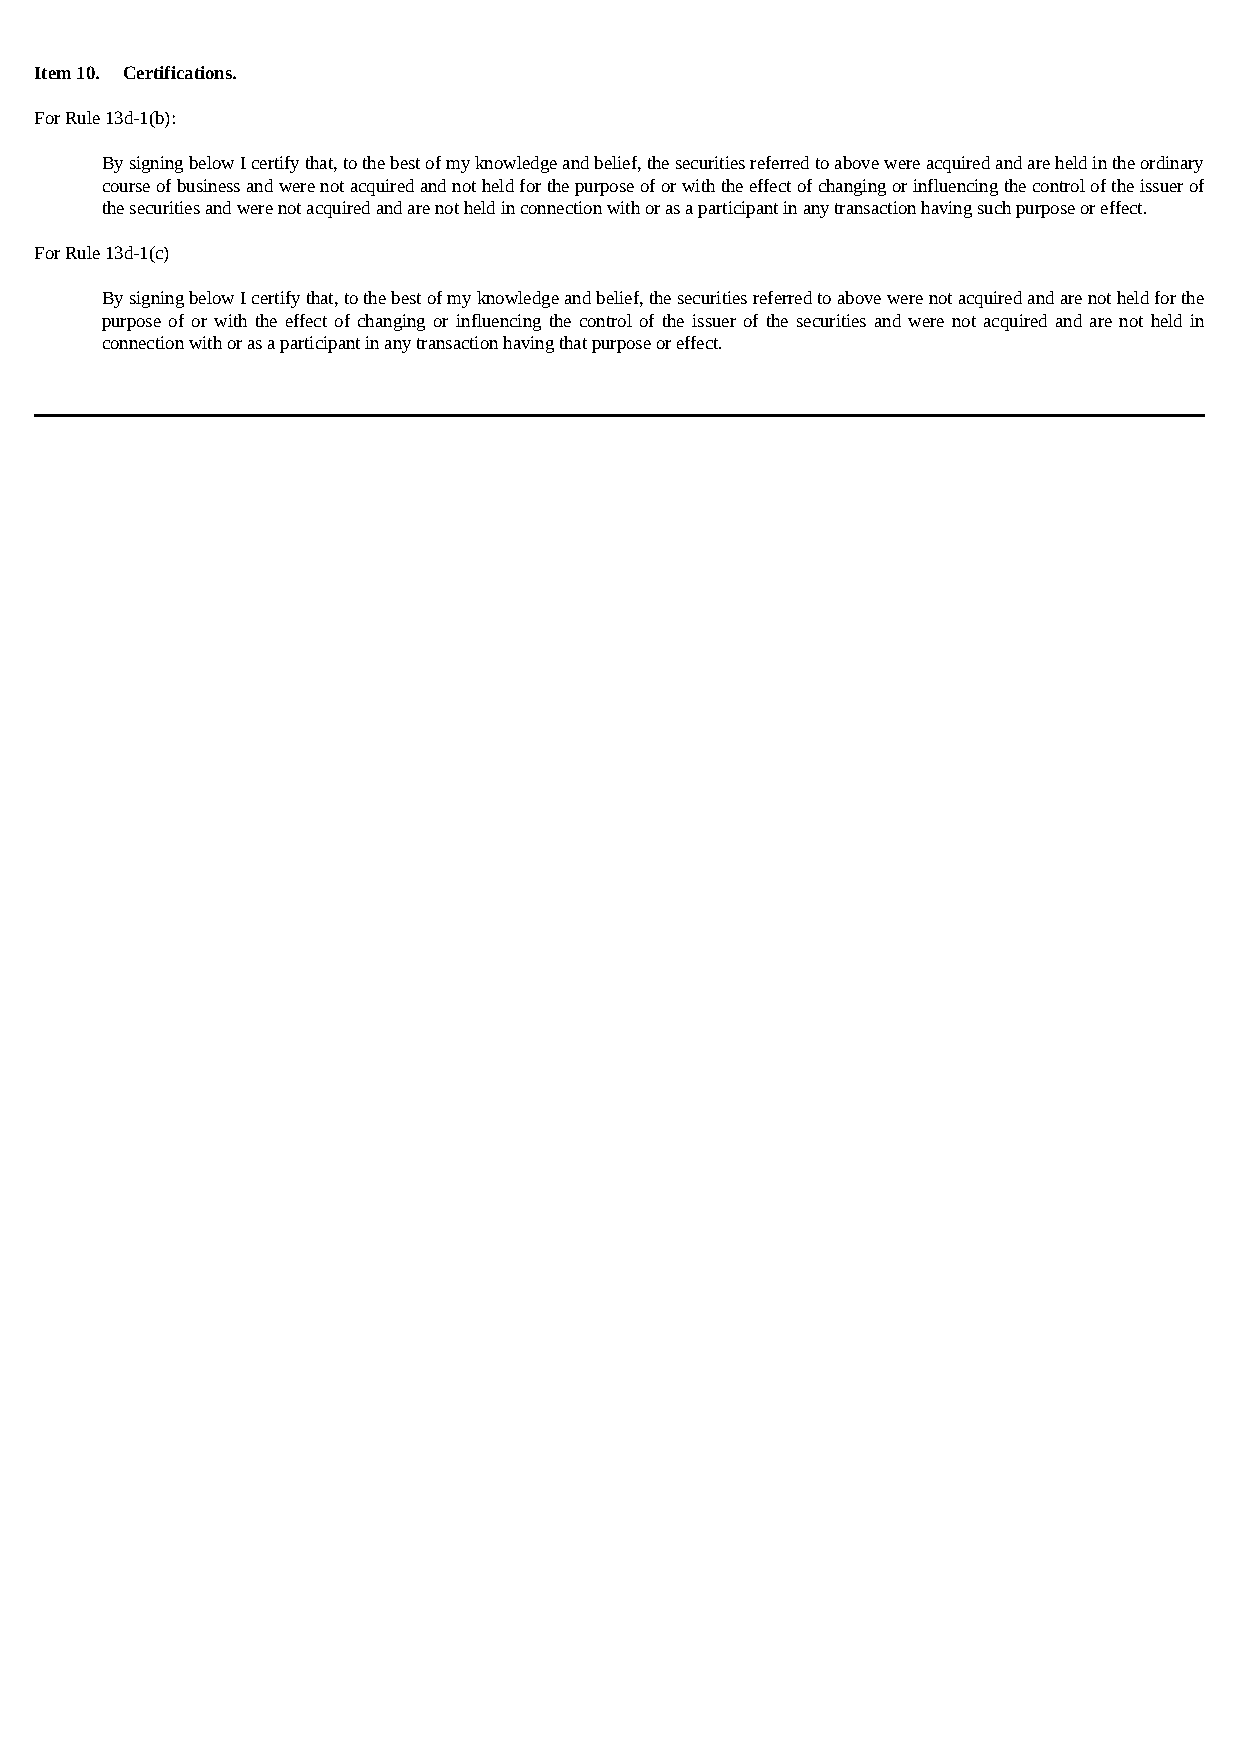
Item 10. Certifications.
 For Rule 13d-1(b):
 By signing below I certify that, to the best of my knowledge and belief, the securities referred to above were acquired and are held in the ordinary
 course of business and were not acquired and not held for the purpose of or with the effect of changing or influencing the control of the issuer of
 the securities and were not acquired and are not held in connection with or as a participant in any transaction having such purpose or effect.
 For Rule 13d-1(c)
 By signing below I certify that, to the best of my knowledge and belief, the securities referred to above were not acquired and are not held for the
 purpose of or with the effect of changing or influencing the control of the issuer of the securities and were not acquired and are not held in
 connection with or as a participant in any transaction having that purpose or effect.